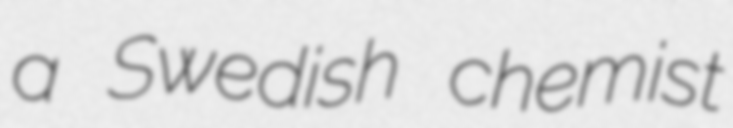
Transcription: a Swedish chemist